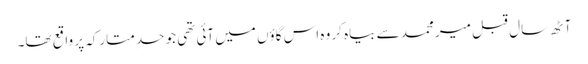
آٹھ سال قبل میر محمد سے بیاہ کر وہ اس گاؤں میں آئی تھی جو حدِ متارکہ پر واقع تھا۔